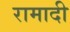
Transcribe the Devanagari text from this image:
रामादी